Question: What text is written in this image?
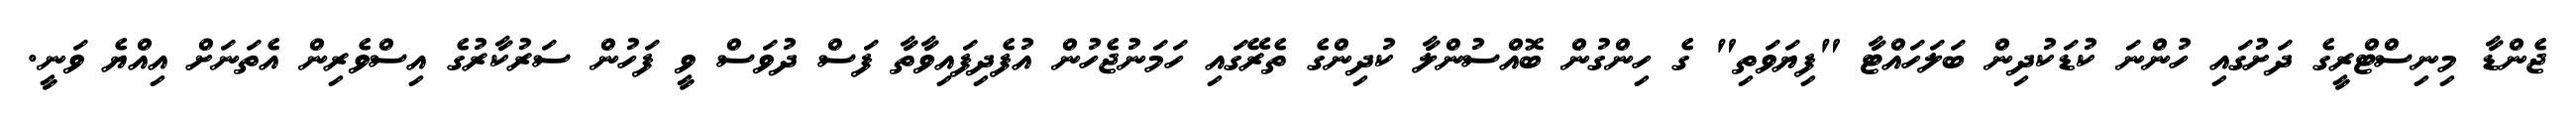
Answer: ޖެންޑާ މިނިސްޓްރީގެ ދަށުގައި ހުންނަ ކުޑަކުދިން ބަލަހައްޓާ "ފިޔަވަތި" ގެ ހިންގުން ބޮއްސުންލާ ކުދިންގެ ތެރޭގައި ހަމަނުޖެހުން އުފެދިފައިވާތާ ފަސް ދުވަސް ވީ ފަހުން ސަރުކާރުގެ އިސްވެރިން އެތަނަށް އިއްޔެ ވަނީ.